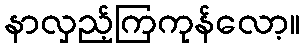
နာလှည့်ကြကုန်လော့။